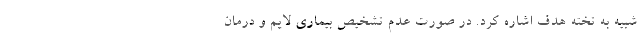
شبیه به تخته هدف اشاره کرد. در صورت عدم تشخیص بیماری لایم و درمان